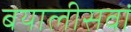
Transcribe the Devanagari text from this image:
बयालीसवां